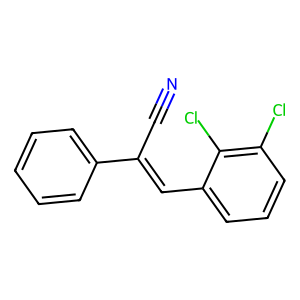
SMILES: N#CC(=Cc1cccc(Cl)c1Cl)c1ccccc1
Inhibits HIV replication: No